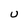
Character: U